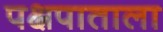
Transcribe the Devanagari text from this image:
पक्षपाताला